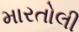
મારતોલી